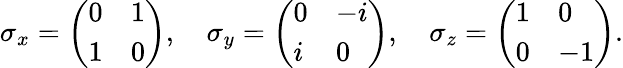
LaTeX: \sigma_{x}={\left(\begin{array}{ll}{0}&{1}\\ {1}&{0}\end{array}\right)},\quad\sigma_{y}={\left(\begin{array}{ll}{0}&{-i}\\ {i}&{0}\end{array}\right)},\quad\sigma_{z}={\left(\begin{array}{ll}{1}&{0}\\ {0}&{-1}\end{array}\right)}.